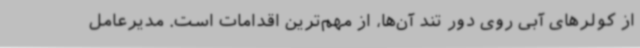
از کولرهای آبی روی دور تند آن‌ها، از مهم‌ترین اقدامات است. مدیرعامل